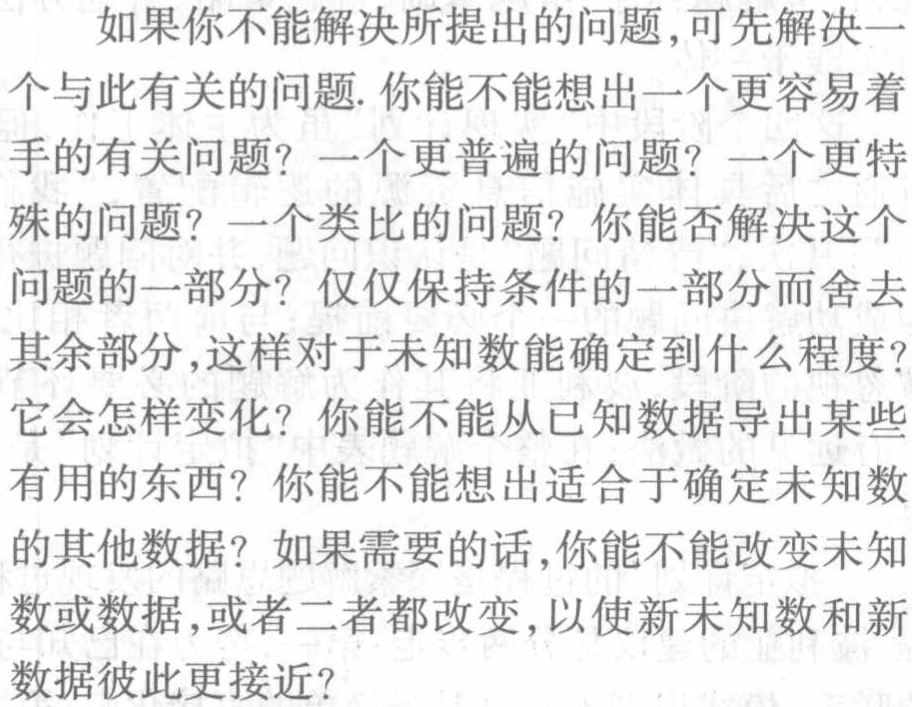
如果你不能解决所提出的问题,可先解决一个与此有关的问题. 你能不能想出一个更容易着手的有关问题? 一个更普遍的问题? 一个更特殊的问题? 一个类比的问题? 你能否解决这个问题的一部分? 仅仅保持条件的一部分而舍去其余部分,这样对于未知数能确定到什么程度?它会怎样变化? 你能不能从已知数据导出某些有用的东西? 你能不能想出适合于确定未知数的其他数据? 如果需要的话,你能不能改变未知数或数据,或者二者都改变,以使新未知数和新数据彼此更接近?